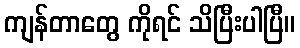
ကျန်တာတွေ ကိုရင် သိပြီးပါပြီ။